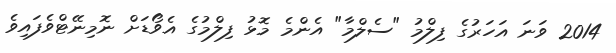
2014 ވަނަ އަހަރުގެ ފިލްމު "ސެލްމާ" އެންމެ މޮޅު ފިލްމުގެ އެވޯޑަށް ނޮމިނޭޓްވެފައިވެ